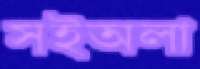
সইঅলা